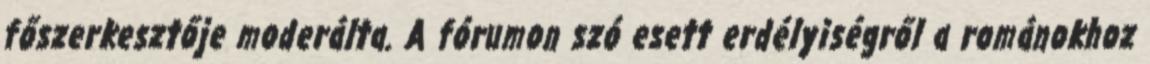
főszerkesztője moderálta. A fórumon szó esett erdélyiségről a románokhoz